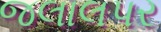
જલાલપર